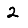
Digit: 2